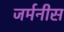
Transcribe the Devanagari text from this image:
जर्मनीस